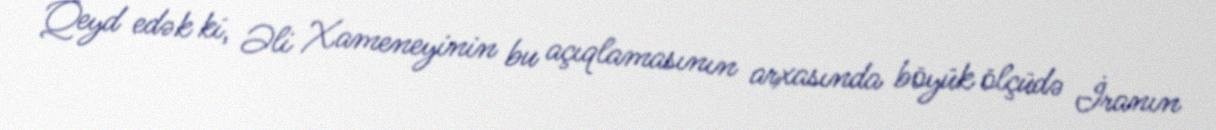
Qeyd edək ki, Əli Xameneyinin bu açıqlamasının arxasında böyük ölçüdə İranın